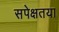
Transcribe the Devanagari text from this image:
सपेक्षतया